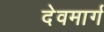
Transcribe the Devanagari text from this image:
देवमार्ग